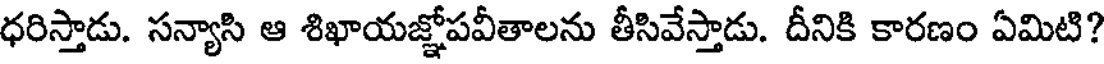
ధరిస్తాడు. సన్యాసి ఆ శిఖాయజ్ఞోపవీతాలను తీసివేస్తాడు. దీనికి కారణం ఏమిటి?